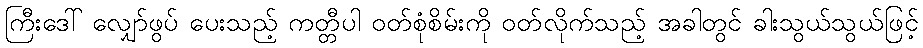
ကြီးဒေါ် လျှော်ဖွပ် ပေးသည့် ကတ္တီပါ ဝတ်စုံစိမ်းကို ဝတ်လိုက်သည့် အခါတွင် ခါးသွယ်သွယ်ဖြင့်